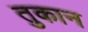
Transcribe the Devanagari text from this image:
तुकान